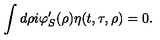
\int d \rho i \varphi _ { S } ^ { \prime } ( \rho ) \eta ( t , \tau , \rho ) = 0 .